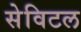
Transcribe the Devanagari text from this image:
सेविटल